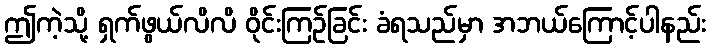
ဤကဲ့သို့ ရှက်ဖွယ်လိလိ ဝိုင်းကြဉ်ခြင်း ခံရသည်မှာ အဘယ်ကြောင့်ပါနည်း